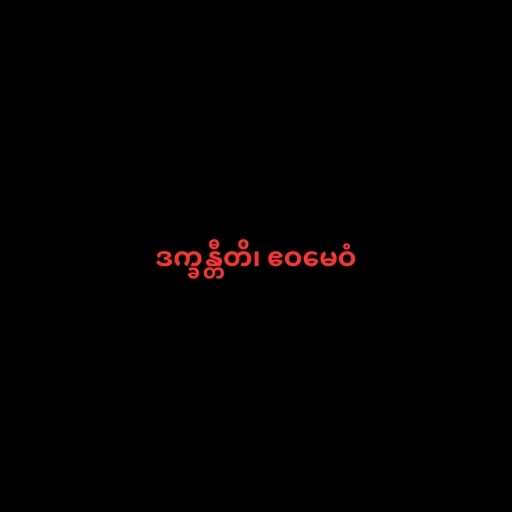
ဒက္ခန္တီတိ၊ ဧဝမေဝံ